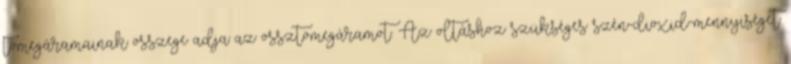
tömegáramainak összege adja az össztömegáramot. Az oltáshoz szükséges szén-dioxid-mennyiséget